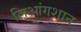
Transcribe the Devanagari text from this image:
लिआंगशान